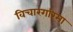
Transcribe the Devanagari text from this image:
विचारगरिमा